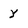
Character: y